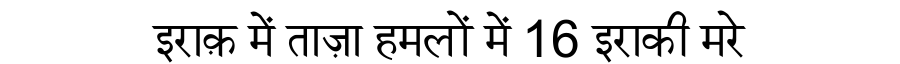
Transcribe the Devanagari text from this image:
इराक़ में ताज़ा हमलों में 16 इराकी मरे